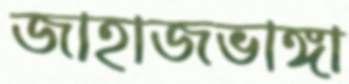
জাহাজভাঙ্গা